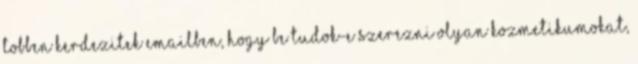
tobben kerdezitek emailben, hogy be tudok-e szerezni olyan kozmetikumokat,